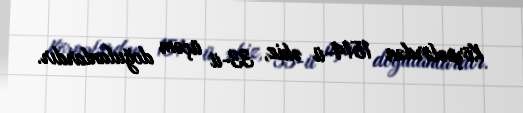
Körpələrdən 1514-ü əkiz, 33-ü üçəm doğulanlardır.